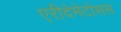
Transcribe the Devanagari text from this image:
एरीदेमेटोसस